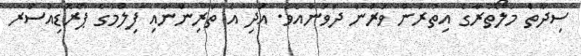
ސިދާތް މަލޯތުރާގެ އިތުރުން ވަރުން ދަވަންއެވެ. އަދި އެ ތަރިންނާއި ފިލްމުގެ ޕްރޮޑިއުސަރ